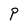
Character: P